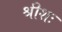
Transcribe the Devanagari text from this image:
श्रीशः